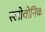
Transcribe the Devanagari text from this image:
स्लोवोनिक